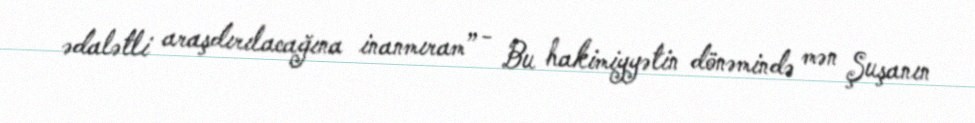
ədalətli araşdırılacağına inanmıram” - Bu hakimiyyətin dönəmində mən Şuşanın